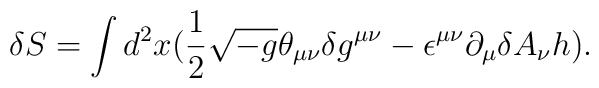
\delta S = \int d^2 x (\frac{1}{2} \sqrt{-g} \theta_{\mu\nu} \delta g^{\mu\nu}- \epsilon^{\mu\nu} \partial_{\mu}\delta A_{\nu} h).